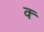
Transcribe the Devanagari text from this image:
क्‍